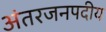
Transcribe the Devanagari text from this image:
अंतरजनपदीय